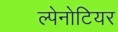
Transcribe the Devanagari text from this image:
ल्पेनोटियर